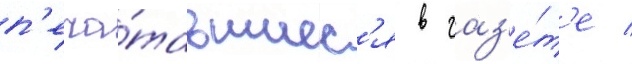
п'еча́тавшиес'я в газ'е́т'е /